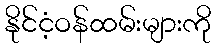
နိုင်ငံ့ဝန်ထမ်းများကို